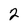
Character: 2